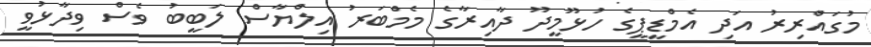
މުގައްރިރު އަދި އެމްޑީޕީގެ ހުޅޫމީދޫ ދާއިރާގެ މެމްބަރު އިލްޔާސް ލަބީބު ވެސް ވިދާޅުވީ